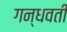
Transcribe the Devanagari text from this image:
गन्धवती